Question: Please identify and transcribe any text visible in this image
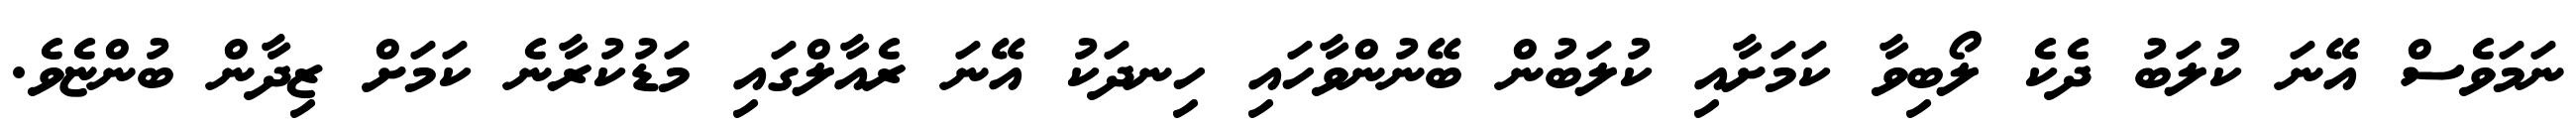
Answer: ނަމަވެސް އޭނަ ކުލަބު ދެކެ ލޯބިވާ ކަމަށާއި ކުލަބުން ބޭނުންވާހައި ހިނދަކު އޭނަ ރެއާލްގައި މަޑުކުރާނެ ކަމަށް ޒިދާން ބުންޏެވެ.